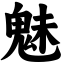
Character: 魅